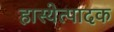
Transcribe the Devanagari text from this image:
हास्येत्पादक